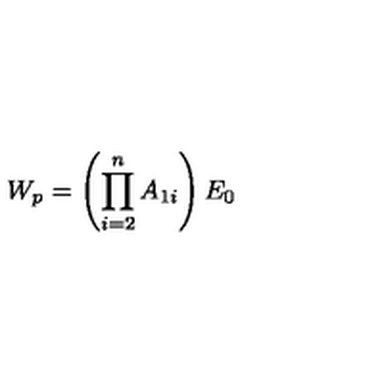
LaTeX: W _ { p } = \left( \prod _ { i = 2 } ^ { n } A _ { 1 i } \right) E _ { 0 }